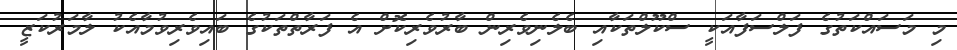
މި މަސައްކަތުގެ ފަލްސަފާއަކީ ސްކޫލްތަކާއި ބެލެނިވެރިން ބާރުވެރިކޮށް އެ ފަރާތްތަކުގެ ބައިވެރިވުމާއެކު ލާމަރުކަޒީ